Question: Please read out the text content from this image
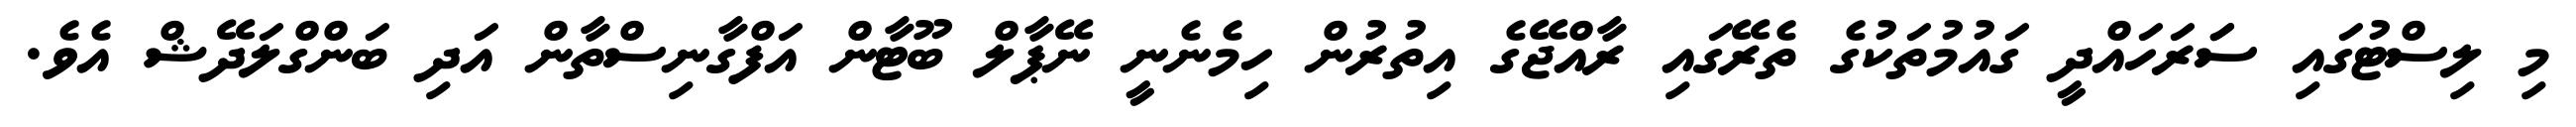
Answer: މި ލިސްޓުގައި ސަަރަހައްދީ ގައުމުތަކުގެ ތެރޭގައި ރާއްޖޭގެ އިތުރުން ހިމެނެނީ ނޭޕާލް ބޫޓާން އަފްގާނިސްތާން އަދި ބަންގްލަދޭޝް އެވެ.